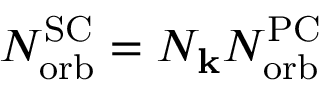
N _ { \mathrm { o r b } } ^ { \mathrm { S C } } = N _ { \mathbf { k } } N _ { \mathrm { o r b } } ^ { \mathrm { P C } }